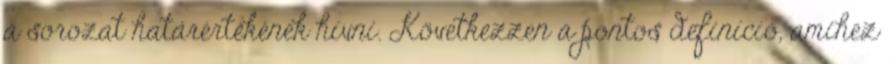
a sorozat határértékének hívni. Következzen a pontos definíció, amihez